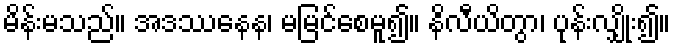
မိန်းမသည်။ အဒဿနေန၊ မမြင်စေမူ၍။ နိလီယိတွာ၊ ပုန်းလျှိုး၍။